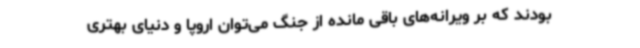
بودند که بر ویرانه‌های باقی مانده از جنگ می‌توان اروپا و دنیای بهتری